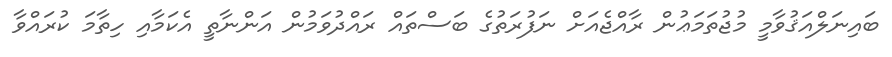
ބައިނަލްއަޤުވާމީ މުޖުތަމަޢުން ރާއްޖެއަށް ނަފުރަތުގެ ބަސްތައް ރައްދުވަމުން އަންނާތީ އެކަމާއި ހިތާމަ ކުރައްވާ